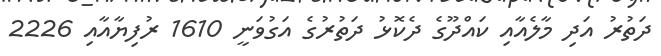
ދަތުރު އަދި މާލެއާއި ކައްދޫގެ ދެކޮޅު ދަތުރުގެ އަގުވަނީ 1610 ރުފިޔާއާއި 2226